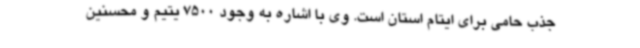
جذب حامی برای ایتام استان است. وی با اشاره به وجود 7500 یتیم و محسنین